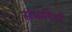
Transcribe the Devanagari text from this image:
संभाषियों